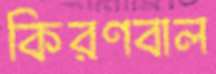
কিরণবাল